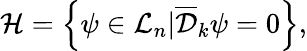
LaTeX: {\cal H}=\left\{ \psi\in{\cal L}_{n}|{\overline{{{\cal D}}}}_{k}\psi=0\right\} ,